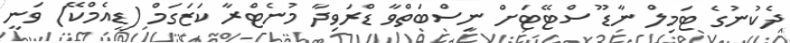
ދެކުނުގެ ޓަމިލް ނާޑޫ ސްޓޭޓަށް ނިސްބަތްވާ ޑްރަވިދާ މުނެޓްރާ ކަޒަގަމް (ޑީއެމްކޭ) ވަނީ